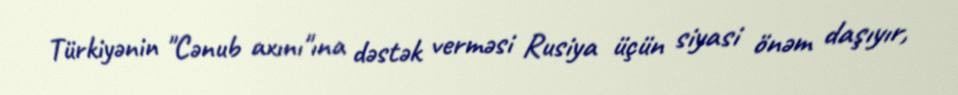
Türkiyənin "Cənub axını"ına dəstək verməsi Rusiya üçün siyasi önəm daşıyır,